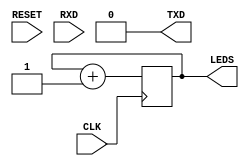
module SOC (
    input  CLK,        
    input  RESET,      
    output [4:0] LEDS, 
    input  RXD,        
    output TXD         
);

reg [4:0] count = 0;
always @(posedge CLK) begin
    count <= count + 1;
end
assign LEDS = count;
assign TXD  = 1'b0; // not used for now

endmodule